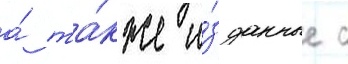
а́ та́кже и́зданные с